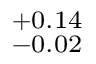
^ { + 0 . 1 4 } _ { - 0 . 0 2 }